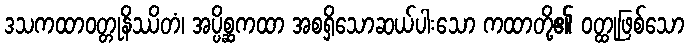
ဒသကထာဝတ္တုနိဿိတံ၊ အပ္ပိစ္ဆကထာ အစရှိသောဆယ်ပါးသော ကထာတို့၏ ဝတ္ထုဖြစ်သော